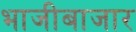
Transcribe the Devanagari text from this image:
भाजीबाजार